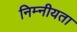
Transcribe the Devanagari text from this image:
निम्नीयता